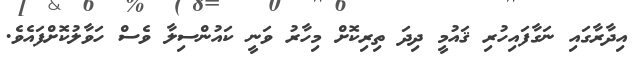
އިދާރާގައި ނަގާފައިހުރި ޤައުމީ ދިދަ ތިރިކޮށް މިހާރު ވަނީ ކައުންސިލާ ވެސް ހަވާލުކޮށްފައެވެ.